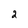
Character: 2